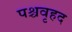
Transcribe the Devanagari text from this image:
पश्चवृहद